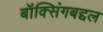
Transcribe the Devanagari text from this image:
बॉक्सिंगबद्दल